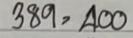
389 = 400